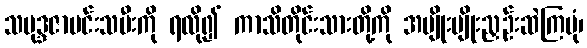
သမုဒ္ဒဇာမင်းသမီးကို ရလို၍ ကာသိတိုင်းသားတို့ကို အမျိုးမျိုးညှဉ်းဆဲကြပုံ၊